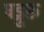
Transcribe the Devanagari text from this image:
षड्गुरू